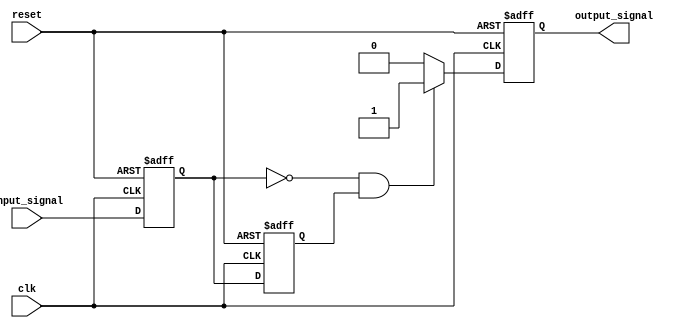
module FallingEdgeDetector (
    input wire clk,                // Clock signal
    input wire reset,              // Reset signal
    input wire input_signal,       // Input signal to detect falling edge
    output reg output_signal        // Output signal indicating falling edge
);

    // Register to hold the current and previous states of the input signal
    reg current_state;             // FF1: Current state of input_signal
    reg previous_state;            // FF2: Previous state of input_signal

    // Always block triggered on the rising edge of the clock
    always @(posedge clk or posedge reset) begin
        if (reset) begin
            // Reset condition
            current_state <= 1'b0;
            previous_state <= 1'b0;
            output_signal <= 1'b0;
        end else begin
            // Capture the current state of input_signal
            current_state <= input_signal;

            // Update the previous state
            previous_state <= current_state;

            // Falling edge detection logic
            if (~current_state && previous_state) begin
                output_signal <= 1'b1; // Falling edge detected
            end else begin
                output_signal <= 1'b0; // No falling edge
            end
        end
    end

endmodule